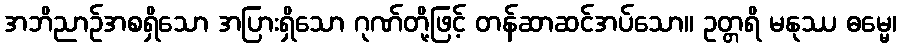
အဘိညာဉ်အစရှိသော အပြားရှိသော ဂုဏ်တို့ဖြင့် တန်ဆာဆင်အပ်သော။ ဥတ္တရိ မနုဿ ဓမ္မေ၊